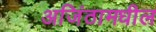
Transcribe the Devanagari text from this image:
अजिंठामधील